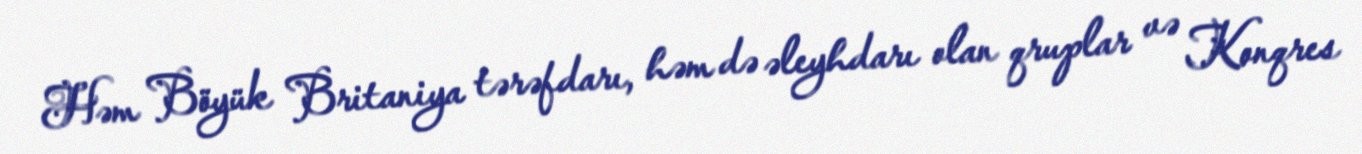
Həm Böyük Britaniya tərəfdarı, həm də əleyhdarı olan qruplar və Konqres